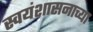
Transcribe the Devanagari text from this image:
स्वयंशासनाच्या